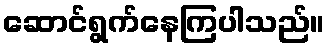
ဆောင်ရွက်နေကြပါသည်။